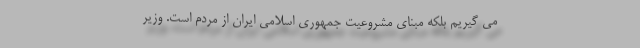
می گیریم بلکه مبنای مشروعیت جمهوری اسلامی ایران از مردم است. وزیر